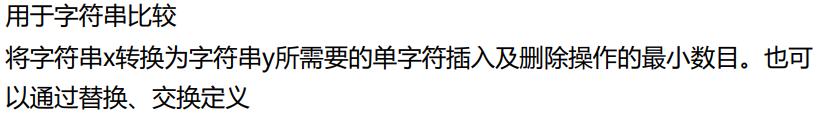
用于字符串比较
将字符串x转换为字符串y所需要的单字符插入及删除操作的最小数目。也可以通过替换、交换定义